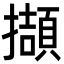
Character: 擷